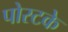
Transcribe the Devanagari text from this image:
पोस्टके